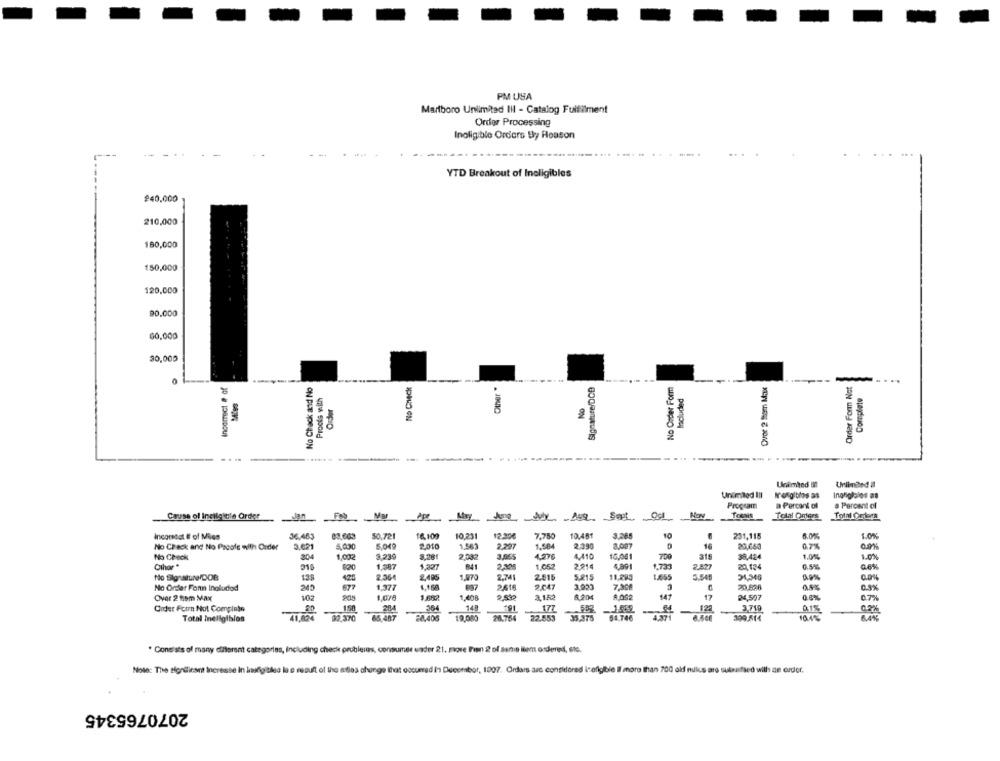
PM USA
Marlboro Unlimited III - Catalog Fulfilment
Order Processing
Inoligible Orders By Reason
YTD Breakout of Ineligibles
£40,000
210,000
180,000
150.000
120,000
90.000
60,000
30,000
0
Incorrect # af
No Check and No
No Check
Other .
Signature/DCB
No Order Form
Over 2 Stom Max
Order Form Not
Proots with
Included
Complete
Order
---
--
Unimed Il
Unumted III
N'ofgiblos as
Ingniglolos as
Program
a Percork of
a Percent of
Cassa of Inciicitle Order
Nav
Tocais
Total Quiers
10
Incortal E of Mies
36.463
$0.721
16,109
10.231
7750
10.451
3.265
231,115
6.00%
No Check and No Proofe with Order
3.621
5.030
5.049
2010
1.563
2.297
1.584
2.390
16
20,663
0.7%
No Check
30
1.012
8.239
8,281
2.032
4,410
16.081
315
38,424
Othor *
1.387
1,327
841
230%
1.052
2.914
4,89
1,731
20,134
0.5%
No Signature/DOR
138
2.36€
2.495
1.970
2.74
2.515
5.215
11,283
1.665
24,346
0.8%
1.377
1.150
2.616
20.528
0.3%
No Order For Inoludod
Over 2 15m MAX
102
1.078
1 6
1.608
3.182
17
24,597
0.8%
Ordet Foon Not Complete
20
150
148
191
177
-4
-124
3.719
0.1%
0.2%
41.820
32.370
65,487
28.406
19.080
26.754
22.553
35,375
54.746
4371
309.514
101%
Total Ineligiblen
* Consists of many different categories, Including check problemas, consumer under 21. move Fran 2 of sans ilem ordered, ste.
Note: The significant Increase In Isfgibles le e result of the adles change that occurred in December, 1007. Ordars asc considered iseligible I more than 700 old niks are subenfied with an order.
2070765345